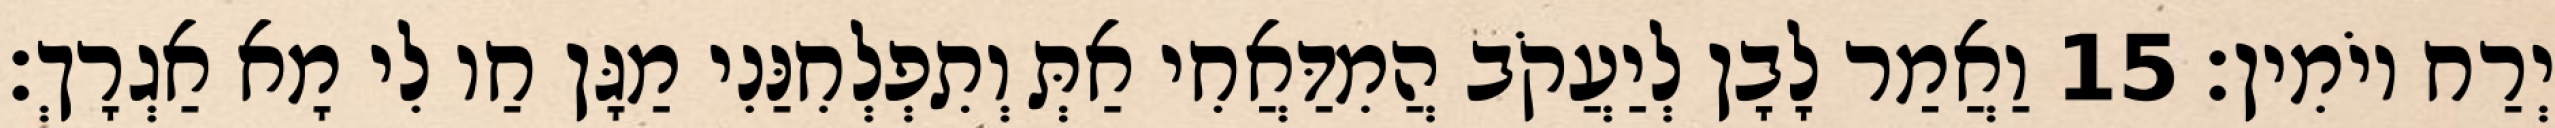
יְרַח יוֹמִין׃ 15 וַאֲמַר לָבָן לְיַעֲקֹב הֲמִדַּאֲחִי אַתְּ וְתִפְלְחִנַּנִי מַגָּן חַו לִי מָא אַגְרָךְ׃